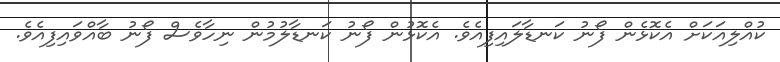
ކުއްލިއަކަށް އެކޮޅެން ފޯނު ކަނޑާލައިފިއެވެ. އެކޮޅުން ފޯނު ކަނޑާލުމުން ނިހާވެސް ފޯނު ބާއްވައިފިއެވެ.